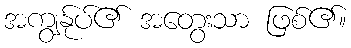
အကျွန်ုပ်၏ အတွေးသာ ဖြစ်၏။